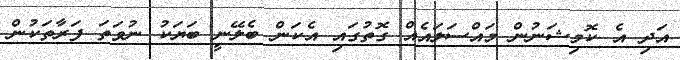
އަދި އެ ކޮމިޝަނުން މައްސަލައެއް ގޮތުގައި އެކަން ބެލޭނީ ބަޔަކު ނުވަތަ ފަރާތަކުން